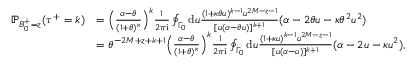
\begin{array} { r l } { \mathbb { P } _ { B _ { 0 } ^ { + } = z } ( { \tau ^ { + } } = k ) } & { = \textstyle \Bigl ( \frac { \alpha - \theta } { ( 1 + \theta ) ^ { \kappa } } \Bigr ) ^ { k } \frac { 1 } { 2 \pi \mathrm { i } } \oint _ { \Gamma _ { 0 } } \mathrm { d } u \frac { ( 1 + \kappa \theta u ) ^ { k - 1 } u ^ { 2 M - z - 1 } } { [ u ( \alpha - \theta u ) ] ^ { k + 1 } } ( \alpha - 2 \theta u - \kappa \theta ^ { 2 } u ^ { 2 } ) } \\ & { = \textstyle \theta ^ { - 2 M + z + k + 1 } \Bigl ( \frac { \alpha - \theta } { ( 1 + \theta ) ^ { \kappa } } \Bigr ) ^ { k } \frac { 1 } { 2 \pi \mathrm { i } } \oint _ { \Gamma _ { 0 } } \mathrm { d } u \frac { ( 1 + \kappa u ) ^ { k - 1 } u ^ { 2 M - z - 1 } } { [ u ( \alpha - u ) ] ^ { k + 1 } } ( \alpha - 2 u - \kappa u ^ { 2 } ) , \qquad } \end{array}